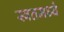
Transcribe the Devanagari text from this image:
स्वतमध्ये